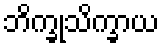
ဘိက္ခုသိက္ခာယ